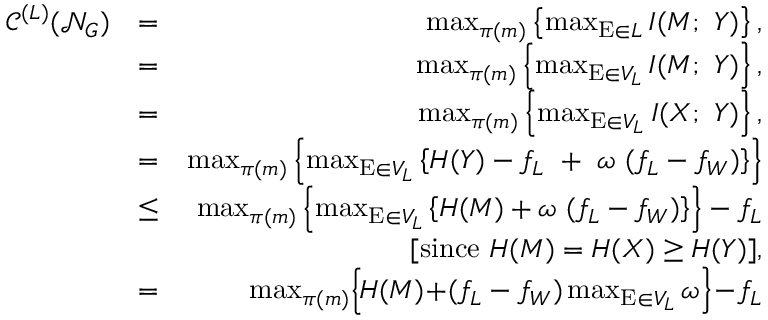
\begin{array} { r l r } { \mathscr { C } ^ { ( L ) } ( \mathcal { N } _ { G } ) } & { = } & { \operatorname* { m a x } _ { \pi ( m ) } \left\{ \operatorname* { m a x } _ { \mathrm { E } \in L } I ( M ; ~ Y ) \right\} , } \\ & { = } & { \operatorname* { m a x } _ { \pi ( m ) } \left\{ \operatorname* { m a x } _ { \mathrm { E } \in V _ { L } } I ( M ; ~ Y ) \right\} , } \\ & { = } & { \operatorname* { m a x } _ { \pi ( m ) } \left\{ \operatorname* { m a x } _ { \mathrm { E } \in V _ { L } } I ( X ; ~ Y ) \right\} , } \\ & { = } & { \operatorname* { m a x } _ { \pi ( m ) } \left\{ \operatorname* { m a x } _ { \mathrm { E } \in V _ { L } } \left\{ H ( Y ) - f _ { L } ~ + ~ \omega ~ ( f _ { L } - f _ { W } ) \right\} \right\} } \\ & { \leq } & { \operatorname* { m a x } _ { \pi ( m ) } \left\{ \operatorname* { m a x } _ { \mathrm { E } \in V _ { L } } \left\{ H ( M ) + \omega ~ ( f _ { L } - f _ { W } ) \right\} \right\} - f _ { L } } \\ & { ~ } & { [ \mathrm { s i n c e } ~ H ( M ) = H ( X ) \geq H ( Y ) ] , } \\ & { = } & { \! \operatorname* { m a x } _ { \pi ( m ) } \! \left\{ \! H ( M ) \! + \! ( f _ { L } - f _ { W } ) \operatorname* { m a x } _ { \mathrm { E } \in V _ { L } } \omega \right\} \! - \! f _ { L } } \end{array}